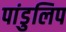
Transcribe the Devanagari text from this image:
पांडुलिप